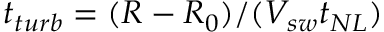
t _ { t u r b } = ( R - R _ { 0 } ) / ( V _ { s w } t _ { N L } )